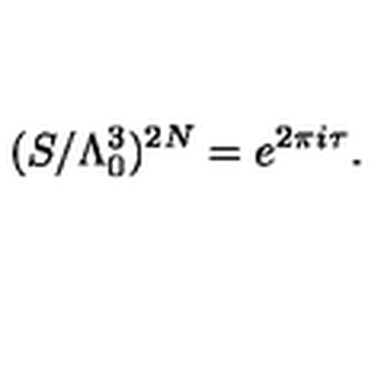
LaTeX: ( S / \Lambda _ { 0 } ^ { 3 } ) ^ { 2 N } = e ^ { 2 \pi i \tau } .